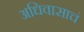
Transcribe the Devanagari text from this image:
अधिवासाचं